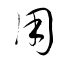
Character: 用